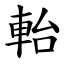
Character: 軩